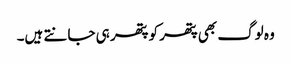
وہ لوگ بھی پتھر کو پتھر ہی جانتے ہیں۔